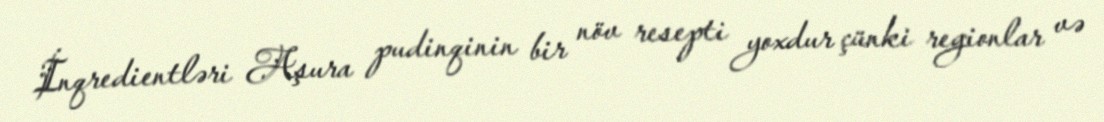
İnqredientləri Aşura pudinqinin bir növ resepti yoxdur çünki regionlar və